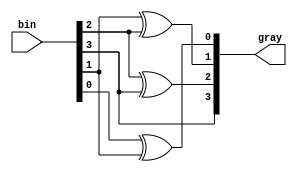
module bin_gray(bin,gray);
input[3:0] bin;
output [3:0] gray;

assign gray[3]=bin[3];
assign gray[2]=bin[2]^bin[3];
assign gray[1]=bin[1]^bin[2];    
assign gray[0]=bin[0]^bin[1];
endmodule